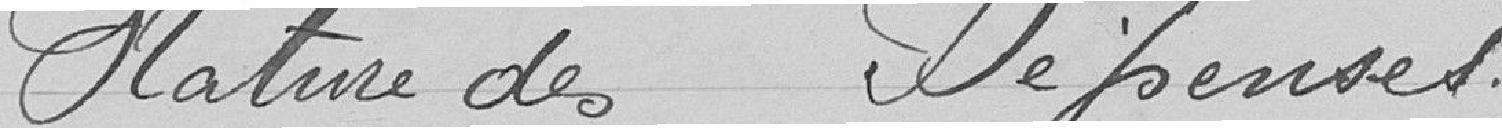
Nature des dépenses